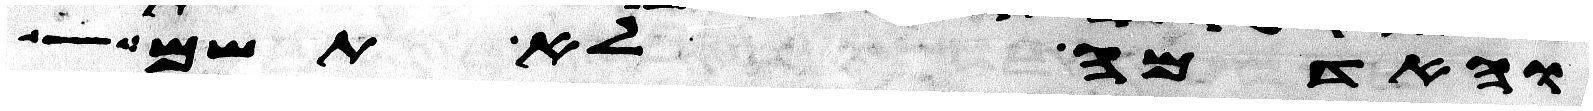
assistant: והאדמה לא תשם